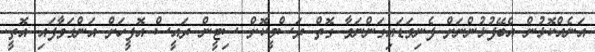
އަނެއްކޮޅުން އެބޭފުޅުންނަށް ފެނިވަޑައިގަންނަވާ ގޮތް ރަސްމީކޮށް ސިޓީން ރައީސް އޮފީހަށް އަންގަވާފައި އޮތީ.